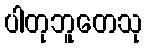
ပါတုဘူတေသု